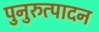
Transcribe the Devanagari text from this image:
पुनुरुत्पादन